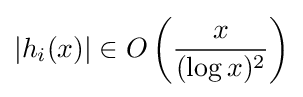
\left|h_{i}(x)\right|\in O\left({\frac {x}{(\log x)^{2}}}\right)